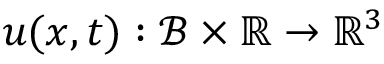
\boldsymbol { u } ( \boldsymbol { x } , t ) : \mathcal { B } \times \mathbb { R } \rightarrow \mathbb { R } ^ { 3 }